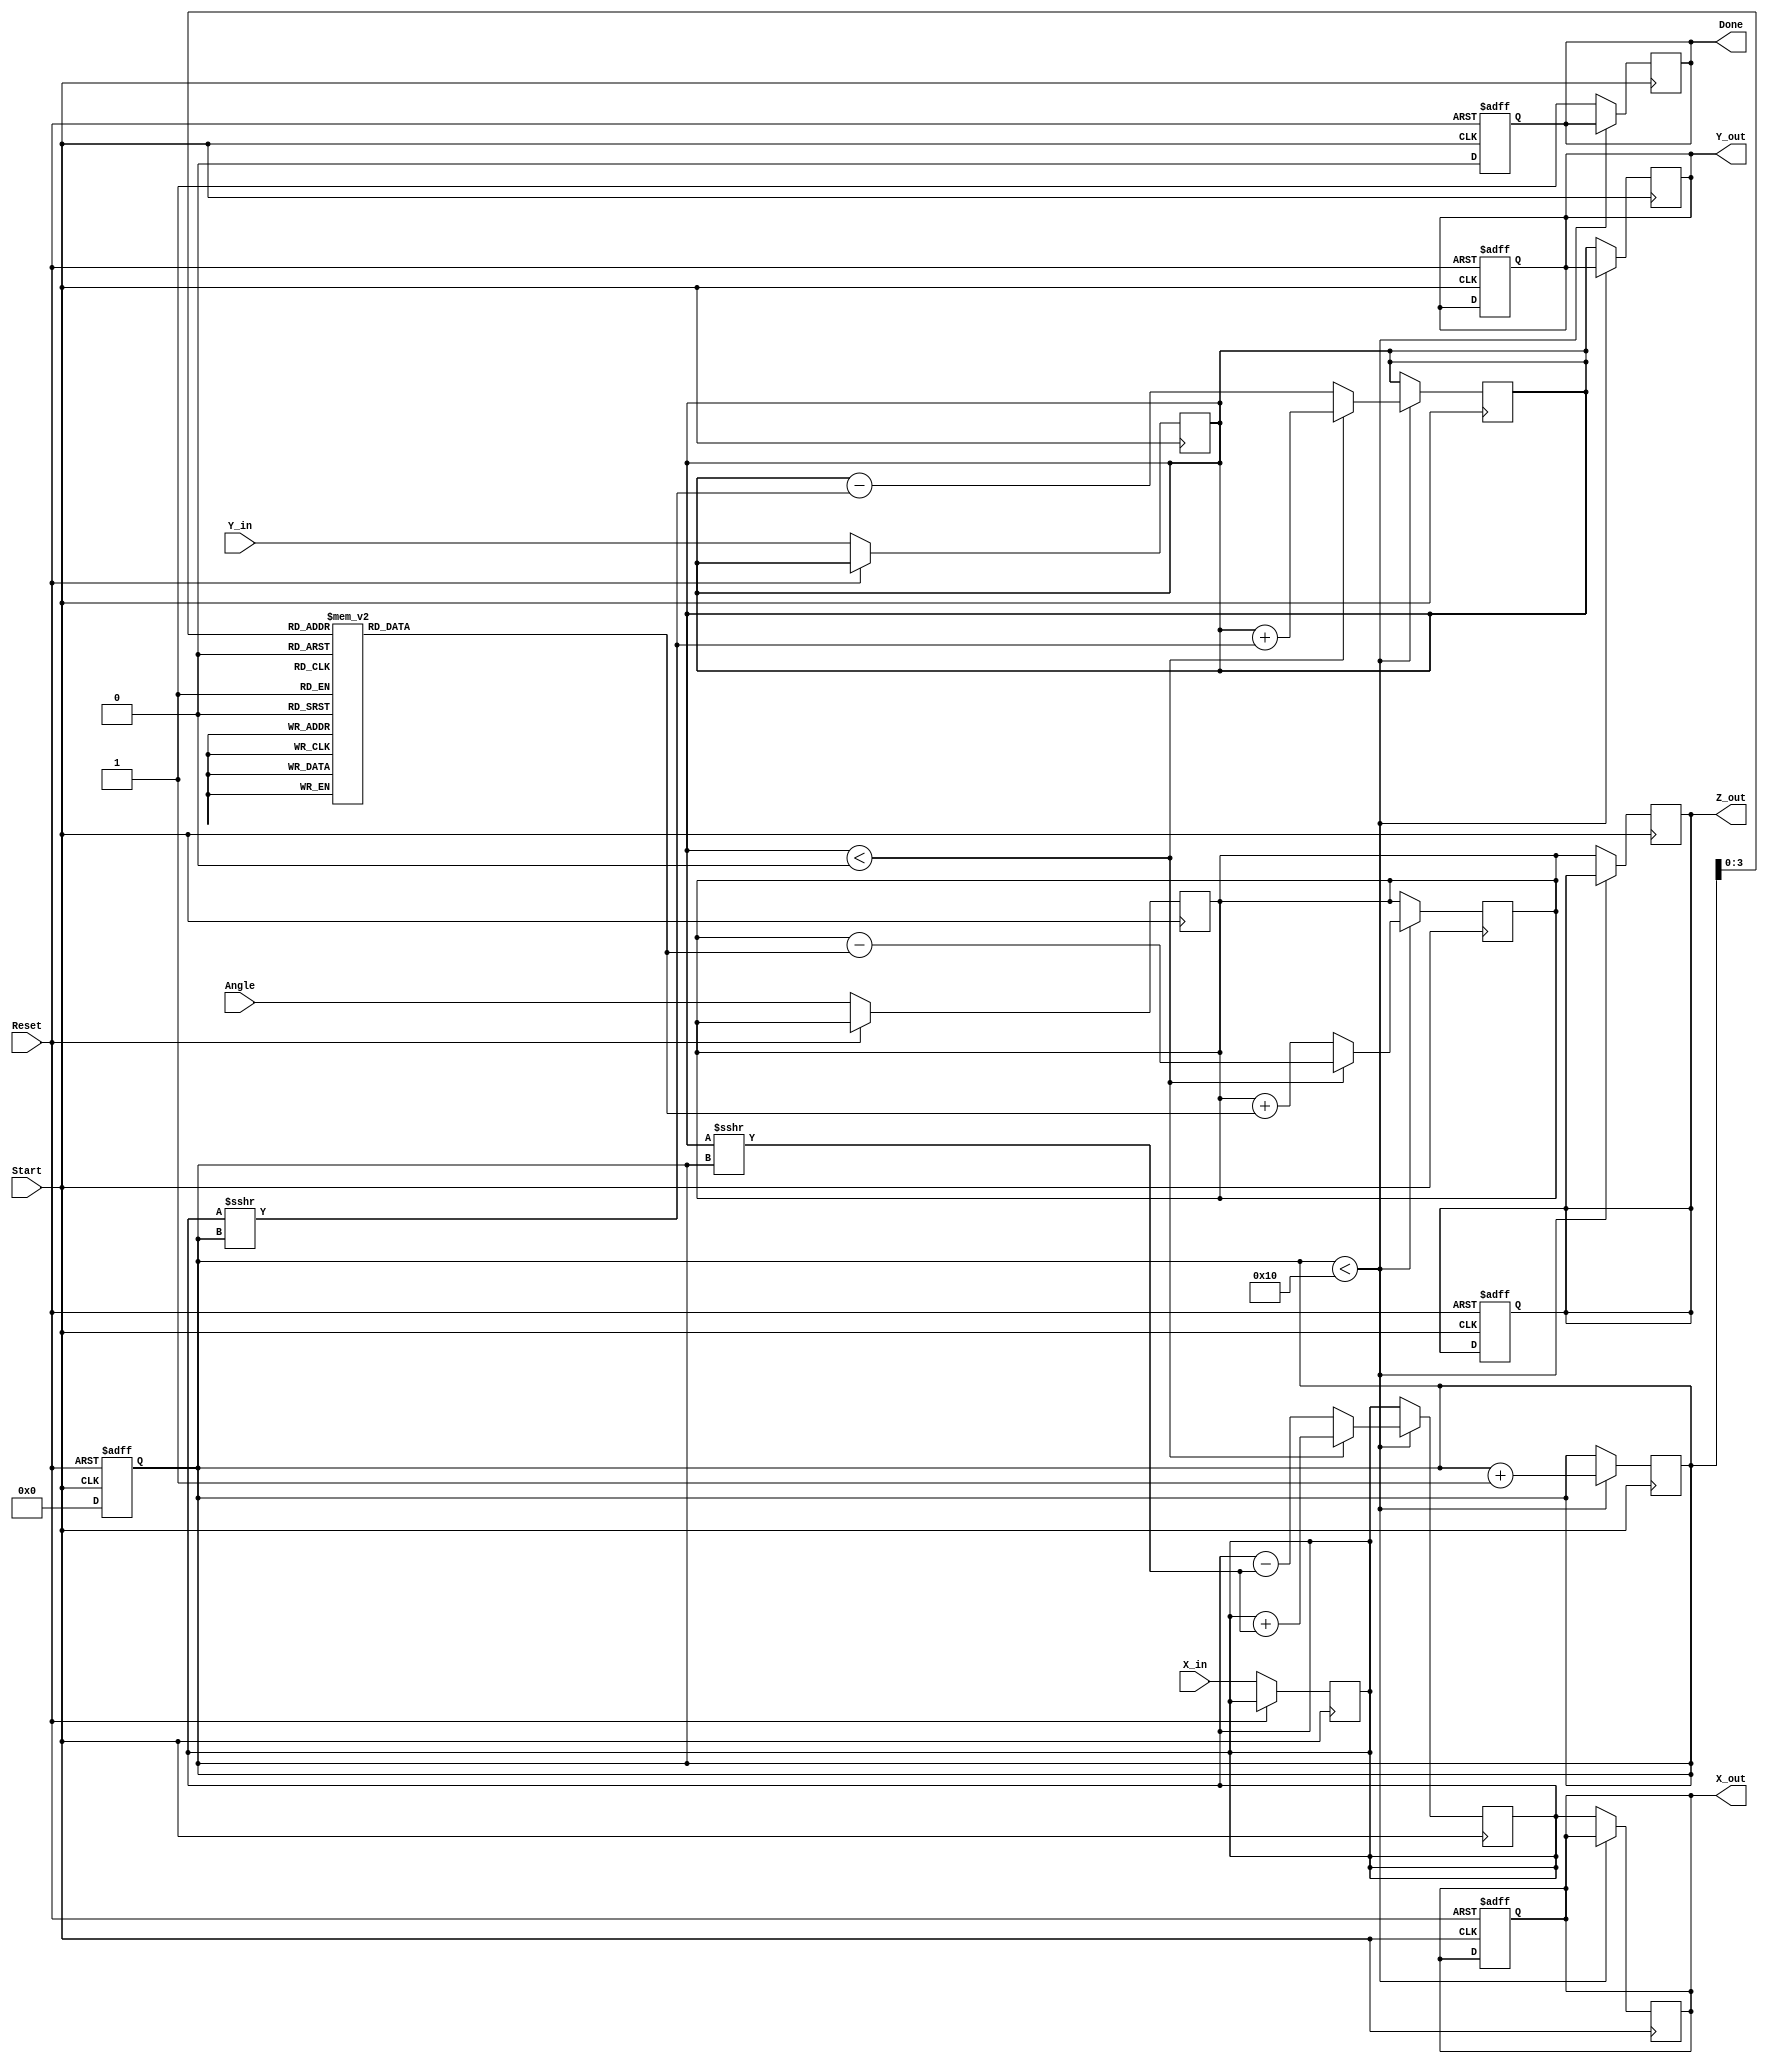
module Vectoring_CORDIC #(
    parameter N = 16,               // Number of iterations
    parameter WIDTH = 16            // Width of fixed-point numbers
)(
    input wire [WIDTH-1:0] X_in,    // Input X-coordinate
    input wire [WIDTH-1:0] Y_in,    // Input Y-coordinate
    input wire [WIDTH-1:0] Angle,    // Initial angle
    input wire Start,                // Start signal
    input wire Reset,                // Asynchronous reset
    output reg [WIDTH-1:0] X_out,    // Output X-coordinate
    output reg [WIDTH-1:0] Y_out,    // Output Y-coordinate
    output reg [WIDTH-1:0] Z_out,    // Output angle
    output reg Done                  // Done signal
);

    // Calculate the arctan values (atan(2^-i)) for CORDIC
    reg [WIDTH-1:0] atan_table [0:N-1];
    initial begin
        // Initialize atan_table with precomputed values
        atan_table[0] = 16'h32C3; // atan(1) = 0.785398
        atan_table[1] = 16'h1DAC; // atan(0.5) = 0.463648
        atan_table[2] = 16'h0FA0; // atan(0.25) = 0.244978
        // ...
        // Add further values through N-1
    end
    
    // Internal signals
    reg [WIDTH-1:0] x_reg, y_reg, z_reg;
    reg [4:0] iteration; // Counter for iterations
    
    // State control
    always @(posedge Start or posedge Reset) begin
        if (Reset) begin
            iteration <= 0;
            X_out <= 0;
            Y_out <= 0;
            Z_out <= 0;
            Done <= 0;
        end else begin
            // Initialize parameters
            x_reg <= X_in;
            y_reg <= Y_in;
            z_reg <= Angle;
            iteration <= 0;
            Done <= 0;
        end
    end
    
    // CORDIC algorithm iterations
    always @(posedge Start) begin
        if (iteration < N) begin
            // Determine direction of rotation
            if (y_reg < 0) begin
                // Rotate clockwise
                x_reg <= x_reg + (y_reg >>> iteration);
                y_reg <= y_reg + (x_reg >>> iteration);
                z_reg <= z_reg - atan_table[iteration];
            end else begin
                // Rotate counter-clockwise
                x_reg <= x_reg - (y_reg >>> iteration);
                y_reg <= y_reg - (x_reg >>> iteration);
                z_reg <= z_reg + atan_table[iteration];
            end
            iteration <= iteration + 1;
        end else begin
            // Operation done
            X_out <= x_reg;
            Y_out <= y_reg;
            Z_out <= z_reg;
            Done <= 1;
        end
    end
    
endmodule